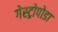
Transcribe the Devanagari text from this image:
गेस्ट्रोपोडा